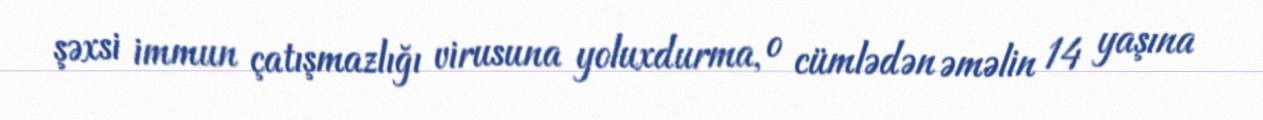
şəxsi immun çatışmazlığı virusuna yoluxdurma, o cümlədən əməlin 14 yaşına